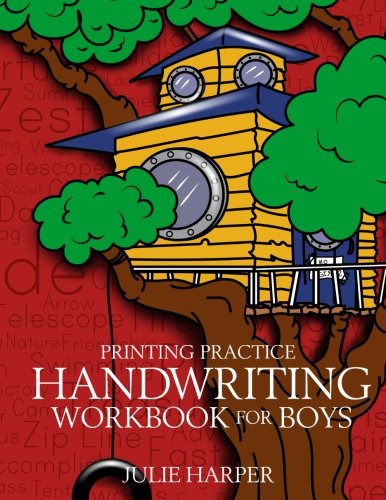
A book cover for Printing Practice Handwriting Workbook for Boys; Julie Harper; Children's Books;